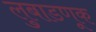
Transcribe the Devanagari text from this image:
लुबाडणूक